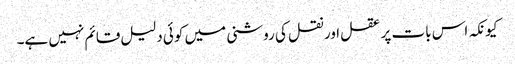
کیونکہ اس بات پر عقل اور نقل کی روشنی میں کوئی دلیل قائم نہیں ہے۔